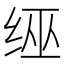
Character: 𦈊